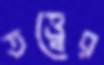
তত্ত্বের